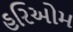
હરિઓમ